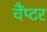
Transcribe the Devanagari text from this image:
चैंप्टर